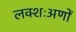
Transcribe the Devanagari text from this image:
लक्शःअणों